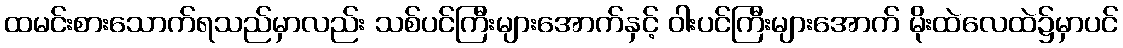
ထမင်းစားသောက်ရသည်မှာလည်း သစ်ပင်ကြီးများအောက်နှင့် ဝါးပင်ကြီးများအောက် မိုးထဲလေထဲ၌မှာပင်